system: You are a helpful assistant.
user:
Analyze the provided spectrum to determine if it is a **M-type Giant (gM)**.

A M-type Giant spectrum is defined by its **strong molecular absorption** features, particularly from **Titanium Oxide (TiO)**. You must check for one of the following mutually exclusive signatures:

- **Key Visual Indicators (Absorption-Dominated Spectrum):**

    - **(Primary):** The spectrum is dominated by strong molecular absorption from **Titanium Oxide (TiO)**. This is the **defining feature** of its M-type temperature class.
        - **(Key Bandheads):** Look for sharp, "saw-tooth" absorption valleys. The strongest are located near **~7050 Å**, **~6160 Å**, and **~5170 Å**.
        - **(Line Profile):** The "saw-tooth" morphology is critical: a **sharp, steep drop on the BLUE (short-wavelength) side** of the bandhead, followed by a gradual recovery (rising flux) towards the RED (long-wavelength) side.

    - **(Key Confirmation - Giant vs. Dwarf):** **ABSENCE** of strong **Calcium Hydride (CaH)** molecular bands. This is the primary diagnostic for *excluding* M-dwarfs.
        - **(Key Region):** The spectrum should lack the strong, broad absorption band seen in dwarfs between **~6800 Å and ~7000 Å**.

    - **(Secondary Confirmation - Giant):** A very strong and broad **Neutral Calcium (Ca I)** atomic absorption line.
        - **(Key Line):** Located at **~4226 Å**. In a giant (gM), this line is significantly deeper and broader than the same line in an M-dwarf (dM) due to low surface gravity.

    - **(Overall Spectrum):**
        - The continuum is **extremely red-sloping** (i.e., flux is very low in the blue and rises dramatically towards the red).
        - The entire spectrum appears "chopped up" by the deep TiO bands.

Think first, call **spectral_visualization_tool** if needed to examine features in detail, then provide your final answer. Your response must adhere to the following strict rules:
1.  **Overall Structure:** Your response must follow the format `<think>...</think> <tool_call>...</tool_call> (if a tool is used) <answer>...</answer>`.
2.  **Tool Usage Constraint:** You may only make **one** tool call per turn.
3.  **Final Answer Format:** In the `<answer>` tag, your conclusion must be inside a `\boxed{}` command (e.g., `\boxed{YES}` or `\boxed{NO}`), followed by your justification.

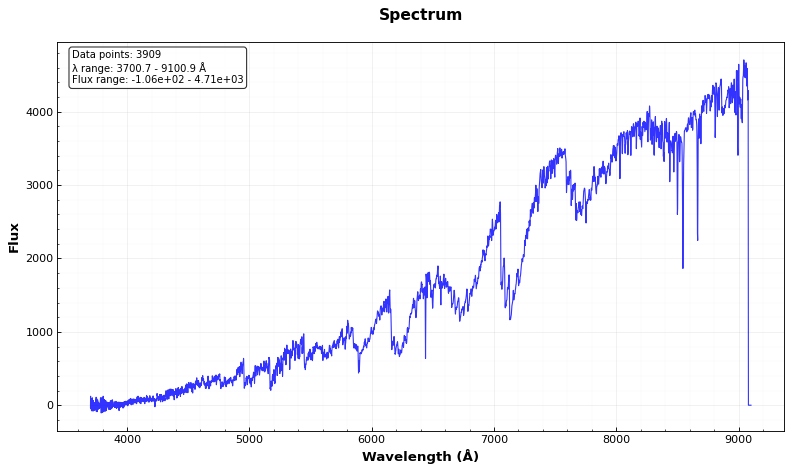
Answer: YES